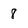
Character: 8